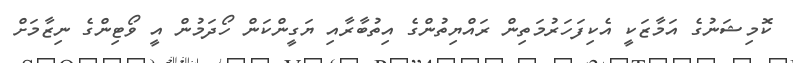
ކޮމިޝަނުގެ އަމާޒަކީ އެކިފަހަރުމަތިން ރައްޔިތުންގެ އިތުބާރާއި ޔަގީންކަން ހޯދަމުން އީ ވޯޓިންގެ ނިޒާމަށް